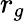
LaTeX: r_{g}